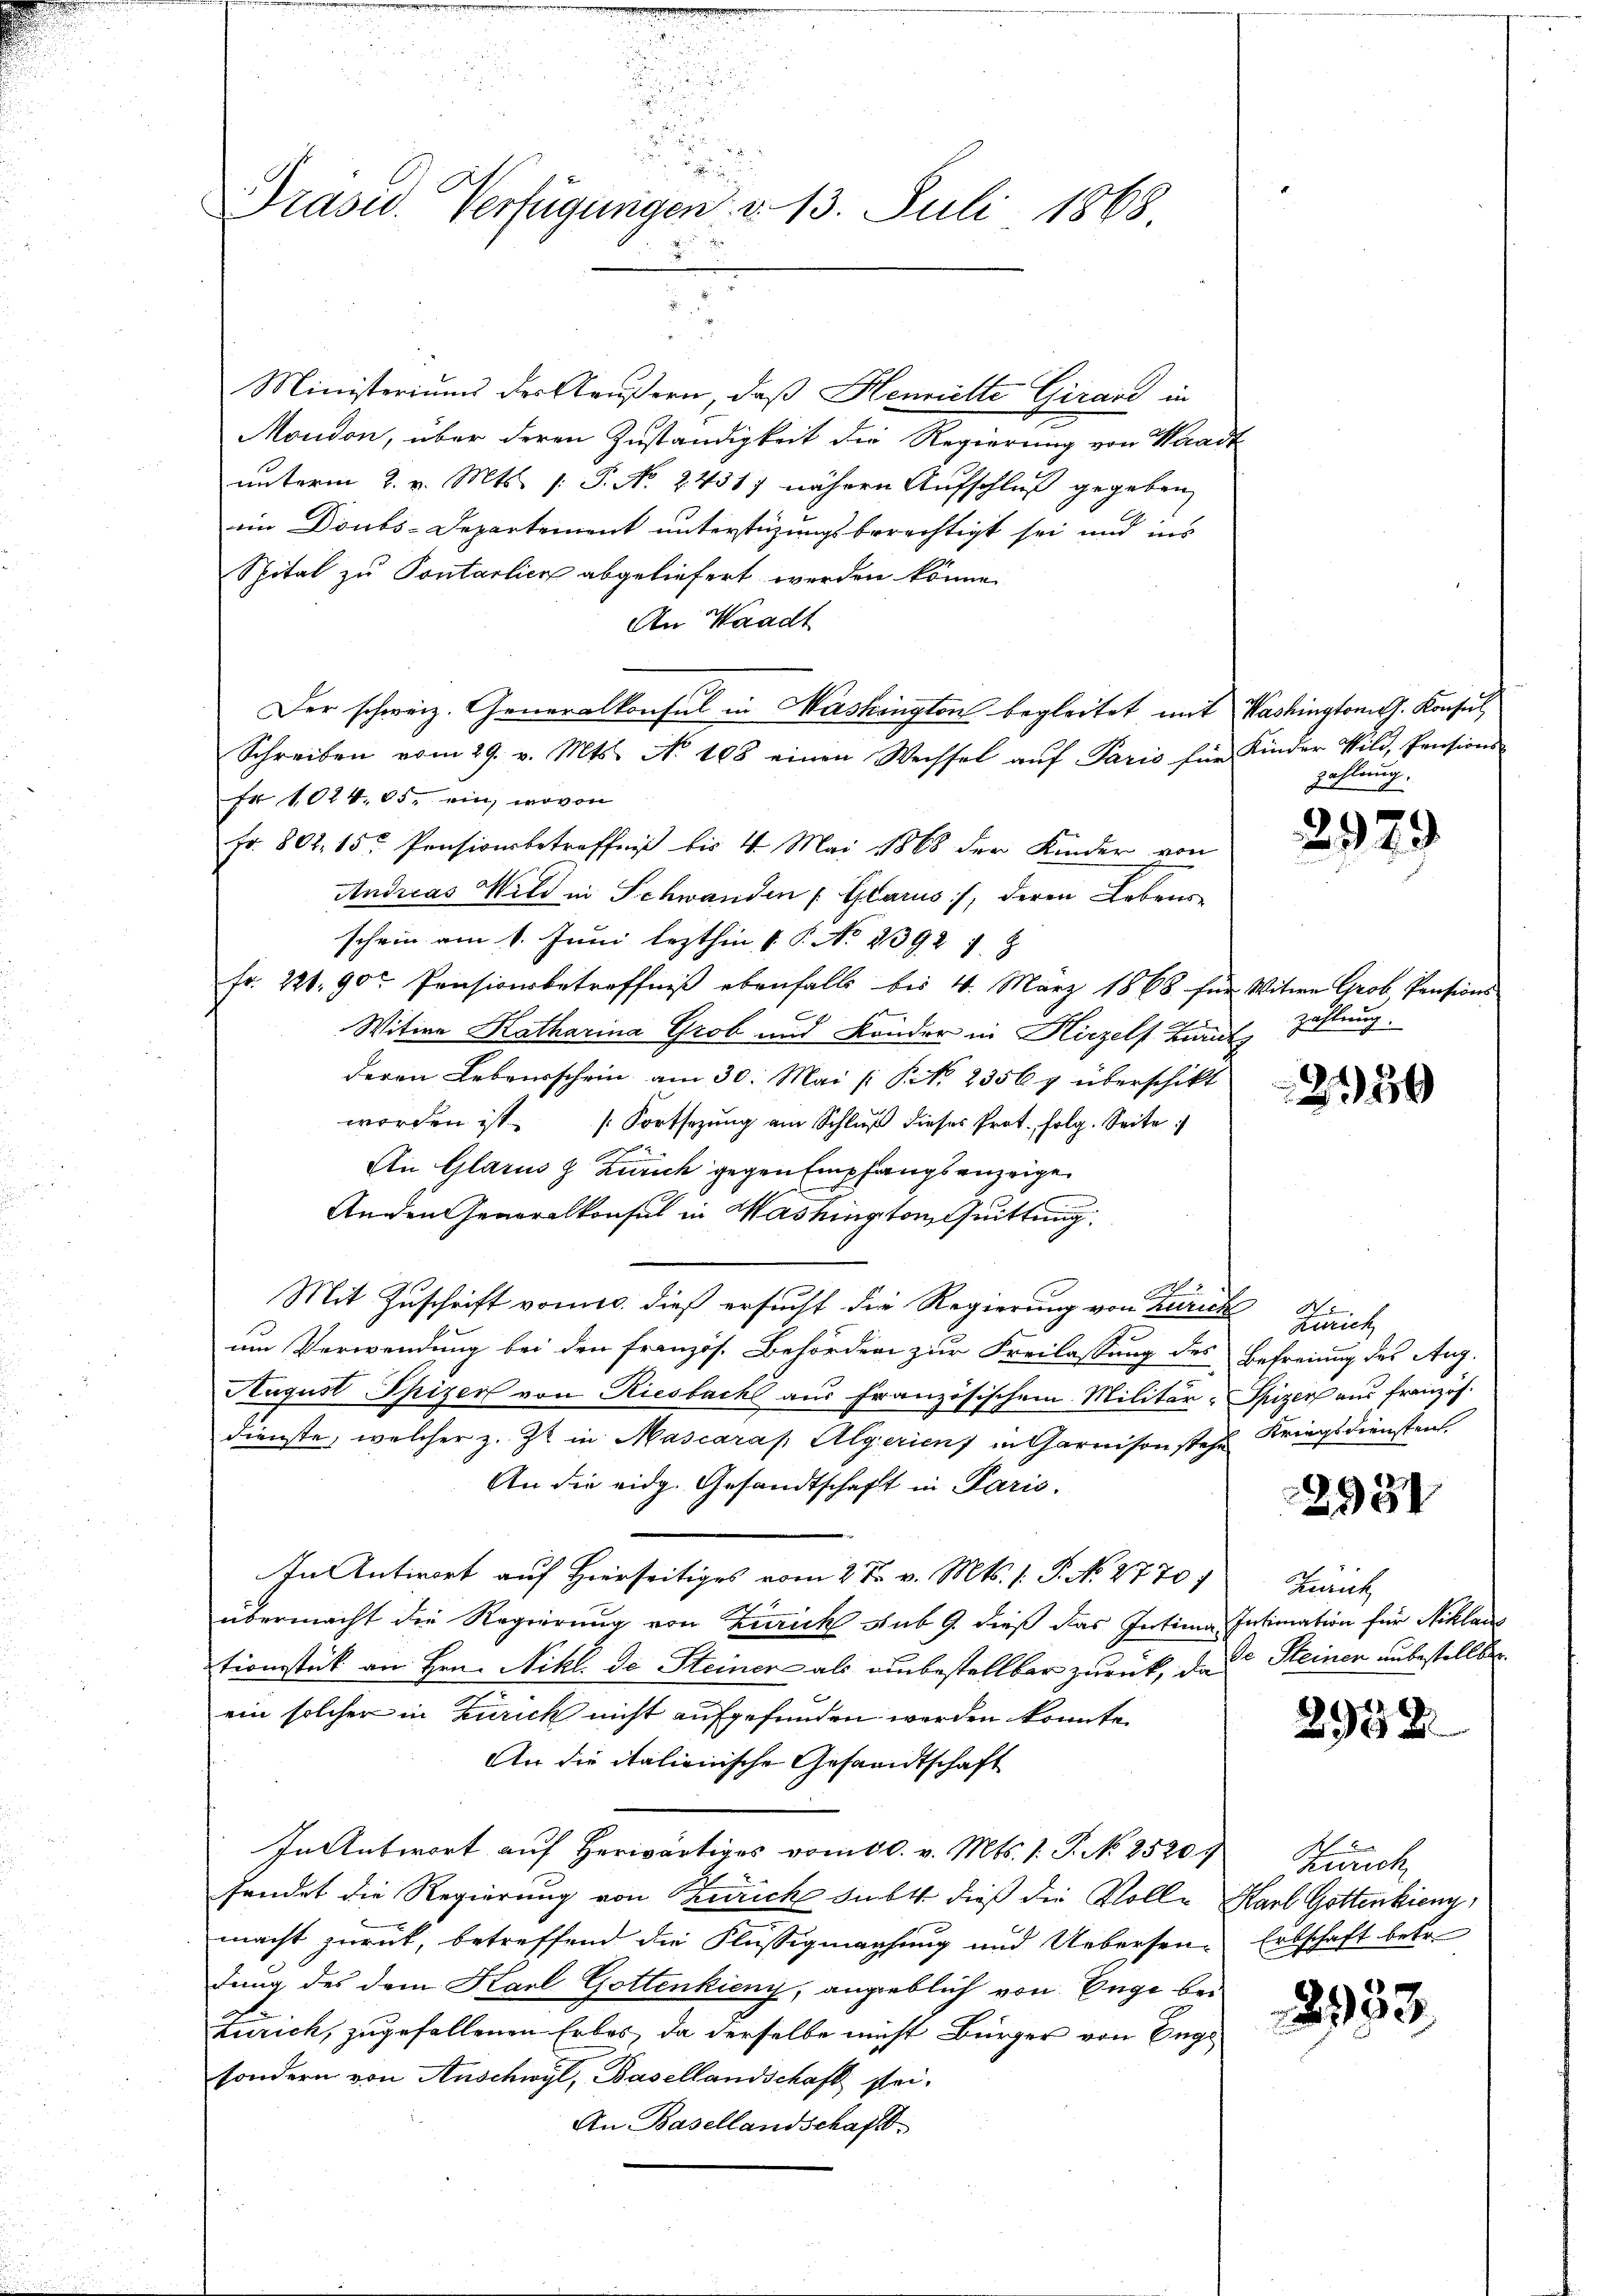
2
Präsid. Verfügungen d. 13. Juli 1868.

Ministeriums der Aeußern, daß Henriette Girard in
Moudon, über deren Zuständigkeit die Regierung von Waadt
unterm 2. v. Mts. [ P. No. 24317 nähern Aufschluß gegeben,
em Donbs-Departement unterstüzungsberechtigt sei und ins
Spital zu Pontarlier abgeliefert werden könne.
An Waadt
fr 1014. 85. ein, wovon
Fr. 802, 15 Pensionsbetreffniß bis 4. Mai 1868 der Kinder von
Andicas Mild in Schwanden (Glarus, deren Lebene
schein am 1. Juni lezthin 1 S. No. 2392. 18
Fr. 221. 90r Pensionsbetreffniß ebenfalls bis 4. März 1868 für Witwe Grob, Pensions
Witwe Katharina Grob und Brüder in Hirzelf Zürich Zählung.
deren Lebensschein am 30. Mai [ P. Nr. 2356 y überschikt
worden ist. Fortsetzŭng am Schlŭβ dieses Prot. folg. Seite
An Glarus & Zürich gegen Empfangsanzeige
Anden Generalkonsul in Washington, Quittung
2
Mit Zuschrift vom 10. dieß ersucht die Regierung von Zürich
um Verwendung bei den französ. Behördern zur Freilassung des Befreiung des Aug.
August Spizer von Riesbachs aus Französischem Militär-Spizen aus französ.
dienste, welcher z. Zt. in Mascaraf Algeriens in Garnison stehe
An die eidg. Gesandtschaft in Paris.
In Antwort auf Hierseitiges vom 2 t v. Mts. (: P. No. 2770.
übermacht die Regierung von Zürich sub 9. dieß das Intima, Intimation für Niklaus
tionsstück an Hrn. Nikl. de Steiner als unbestellbar zurück, das Steinen unbestellte
ein solcher in Zürich nicht aufgefunden werden könnte.
An die italienische Gesandtschaft
In Antwort auf herwärtiges vom 10. v. Mts. 1. P. N. 25209
fendet die Regierung von Turich subt dieß die Volle Karl Gottenkien
macht zurück, betreffend die Flüssigmachung und Uebersen-
dung des dem Karl Gottenkieny, angeblich von Enge bei
Zürich, zugefallenen Erbes, da derselbe nicht Bürger von Engl
sondern von Anschwyl, Basellandschaft stei¬
An Basellandschaft.

Der schweiz. Generalkonsul in Mashington begleitet mit Washingtonis. Konsul
Schreiben vom 29. v. Mts. No 108 einen Wechsel aŭf Paris für Kinder Wild, Pensions-

zahlung.

2979

2150

A
Zürich
Kriegsdiensten.

2931

Zürich

2958

Zürich
Erbschaft betr.

8933